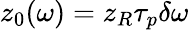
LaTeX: z_{0}(\omega)=z_{R}\tau_{p}\delta\omega